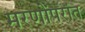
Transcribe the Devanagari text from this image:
मरणोंपरांत